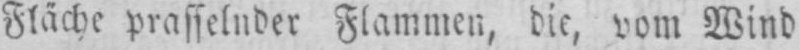
Fläche prasselnder Flammen, die, vom Wind